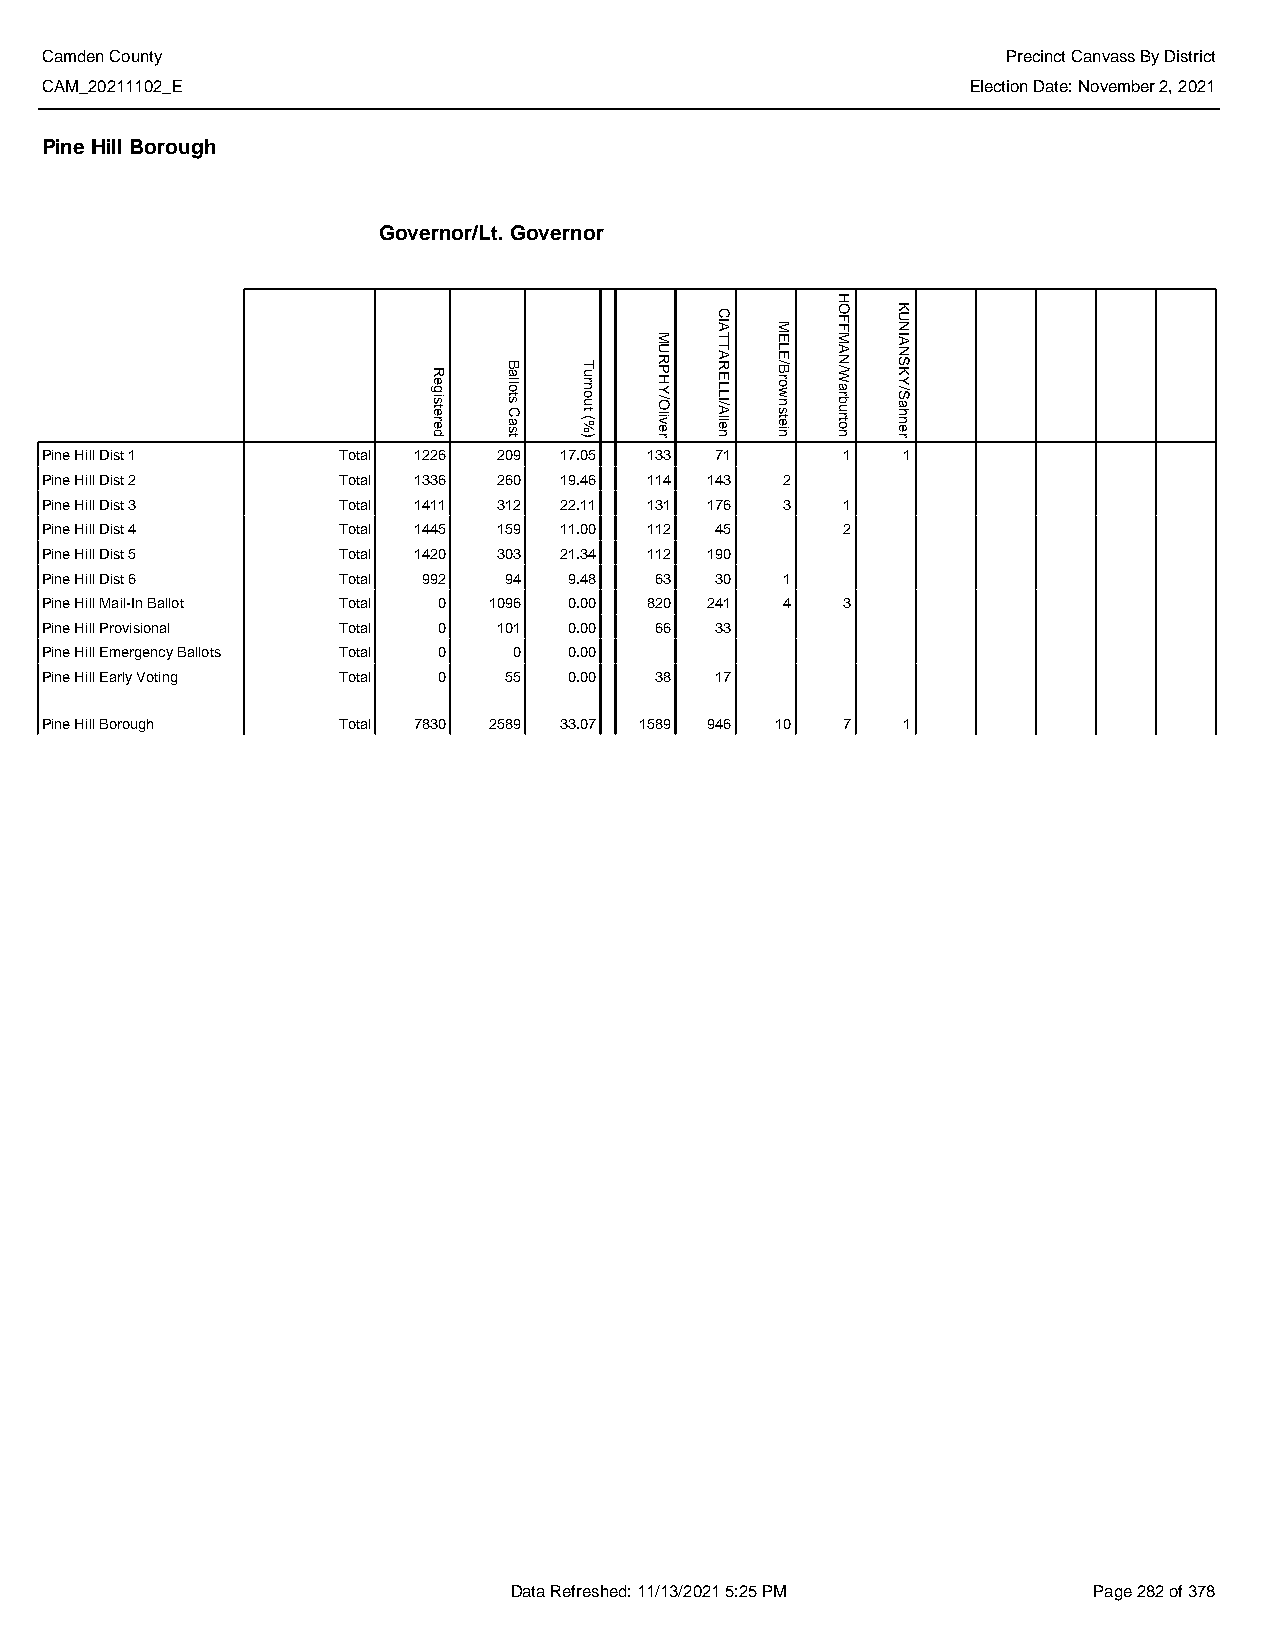
Camden County                                                   Precinct Canvass By District
 CAM_20211102_E                                               Election Date: November 2, 2021
 Pine Hill Borough
 Governor/Lt. Governor
 Pine Hill Dist 1   Total 1226 209 17.05 133 71       1   1
 Pine Hill Dist 2   Total 1336 260 19.46 114 143  2
 Pine Hill Dist 3   Total 1411 312 22.11 131 176  3   1
 Pine Hill Dist 4   Total 1445 159 11.00 112 45       2
 Pine Hill Dist 5   Total 1420 303 21.34 112 190
 Pine Hill Dist 6   Total 992  94   9.48 63  30   1
 Pine Hill Mail-In Ballot Total 0 1096 0.00 820 241 4 3
 Pine Hill Provisional Total 0 101  0.00 66  33
 Pine Hill Emergency Ballots Total 0 0 0.00
 Pine Hill Early Voting Total 0 55  0.00 38  17
 Pine Hill Borough  Total 7830 2589 33.07 1589 946 10 7   1
 Data Refreshed: 11/13/2021 5:25 PM    Page 282 of 378
 Registered
 Ballots
 Cast
 Turnout
 (%)
 MURPHY/Oliver
 CIATTARELLI/Allen
 MELE/Brownstein
 HOFFMAN/Warburton
 KUNIANSKY/Sahner